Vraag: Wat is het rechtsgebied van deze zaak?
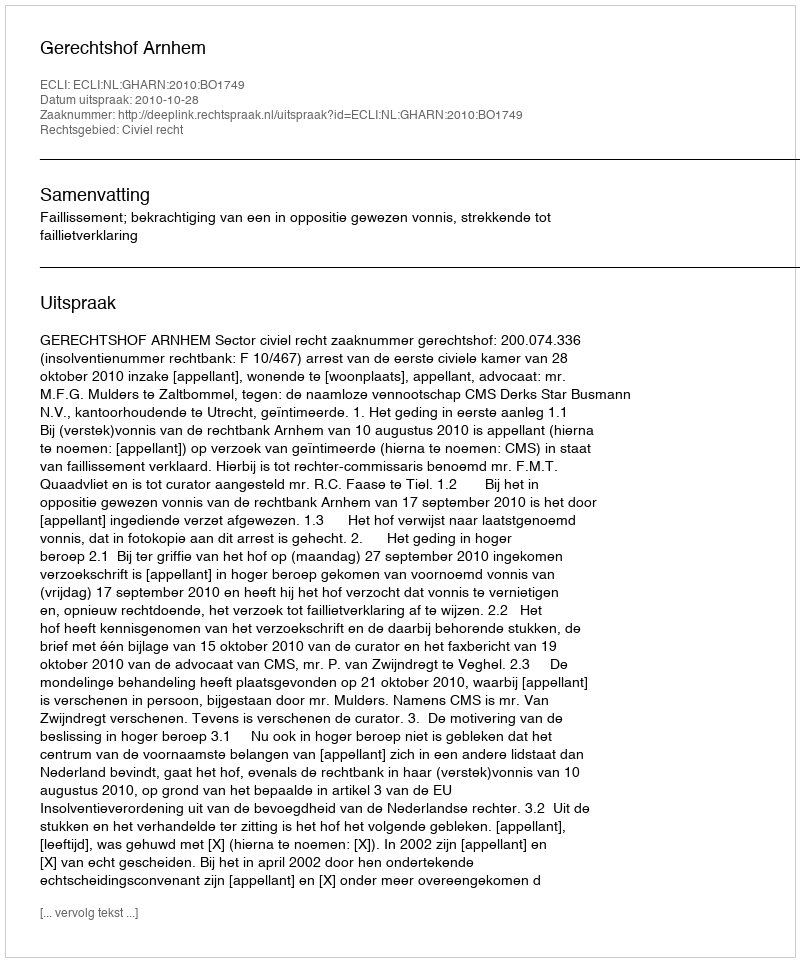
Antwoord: Civiel recht